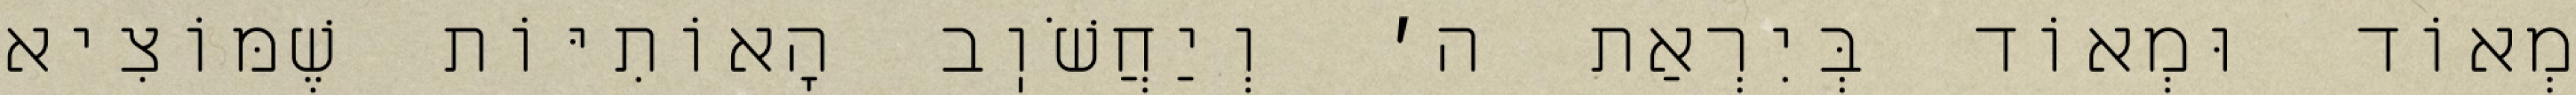
מְאוֹד וּמְאוֹד בְּיִרְאַת ה׳ וְיַחֲשֹׁוֽב הָאוֹתִיּוֹת שֶׁמּוֹצִיא